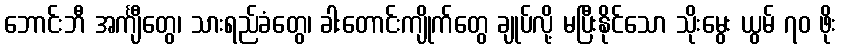
ဘောင်းဘီ အင်္ကျီတွေ၊ သားရည်ခံတွေ၊ ခါးတောင်းကျိုက်တွေ ချုပ်လို့ မပြီးနိုင်သော သိုးမွေး ယွမ် ၇၀ ဖိုး